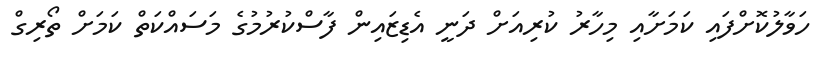
ހަވާލުކޮށްފައި ކަަމަށާއި މިހާރު ކުރިއަށް ދަނީ އެޑިޒައިން ފާސްކުރުމުގެ މަސައްކަތް ކަމަށް ތޯރިގް